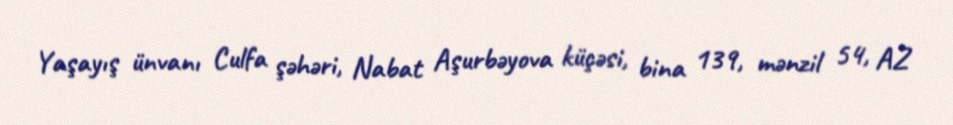
Yaşayış ünvanı Culfa şəhəri, Nabat Aşurbəyova küçəsi, bina 139, mənzil 54, AZ